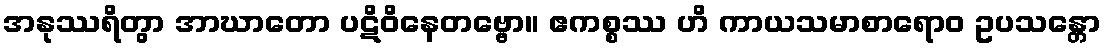
အနုဿရိတွာ အာဃာတော ပဋိဝိနေတဗ္ဗော။ ဧကစ္စဿ ဟိ ကာယသမာစာရောဝ ဥပသန္တော